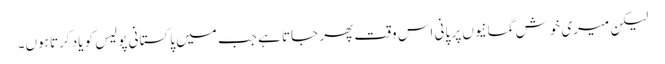
لیکن میری خوش گمانیوں پر پانی اس وقت پھر جاتا ہے جب میں پاکستانی پولیس کو یاد کرتا ہوں۔